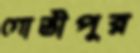
গোভীপুর